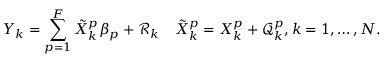
Y _ { k } = \sum _ { p = 1 } ^ { F } \tilde { X } _ { k } ^ { p } \beta _ { p } + \mathcal { R } _ { k } \quad \tilde { X } _ { k } ^ { p } = { X } _ { k } ^ { p } + \mathcal { Q } _ { k } ^ { p } , k = 1 , \ldots , N .